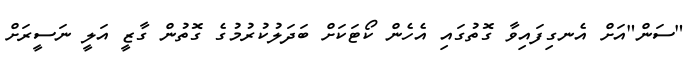
"ސަން"އަށް އެނގިފައިވާ ގޮތުގައި އެހެން ކޯޓަކަށް ބަދަލުކުރުމުގެ ގޮތުން ގާޒީ އަލީ ނަސީރަށް